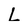
Character: L